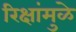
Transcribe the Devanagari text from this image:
रिक्षांमुळे